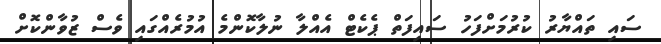
ސައި ތައްޔާރު ކުރުމަށްފަހު ސައިފަތް ޕެކެޓް އެއްލާ ނުލާކޮންމެ އުމުރެއްގައި ވެސް ޒުވާންކޮށް